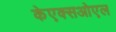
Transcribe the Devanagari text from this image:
केएक्सओएल